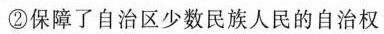
②保障了自治区少数民族人民的自治权